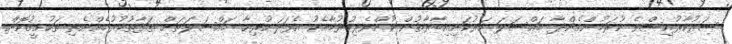
ސަރުކާރުއިސްވެ ކުރަމުންގެންދާ މައްސަލަ ހަރުކަށިއިބާރާތުން ކުށްވެރިކުރުމާއެކު އެފަދަ ހުރިހާ މައްސަލަތަށް ތަފާތުކުރުމެއްނެތި ތަހުގީގުކޮށް